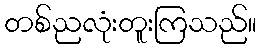
တစ်ညလုံးတူးကြသည်။